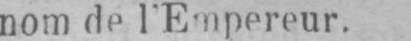
nom de l’Empereur.